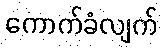
ကောက်ခံလျက်